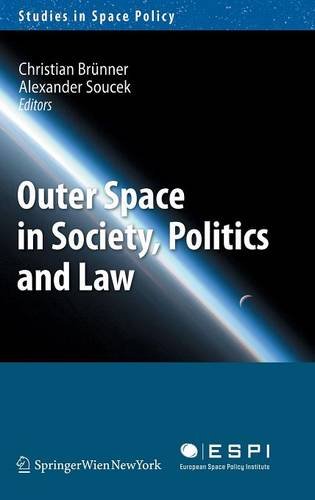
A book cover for Outer Space in Society, Politics and Law (Studies in Space Policy); Law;